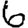
Digit: 6